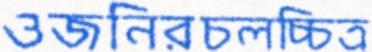
ওজনিরচলচ্চিত্র